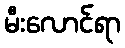
မီးလောင်ရာ